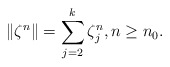
\begin{align*} \Vert \zeta^{n}\Vert= \sum_{j=2}^{k} \zeta_{j}^{n}, n\geq n_{0}.\end{align*}